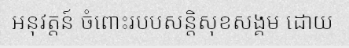
អនុវត្តន៍ ចំពោះរបបសន្តិសុខសង្គម ដោយ